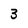
Character: 3